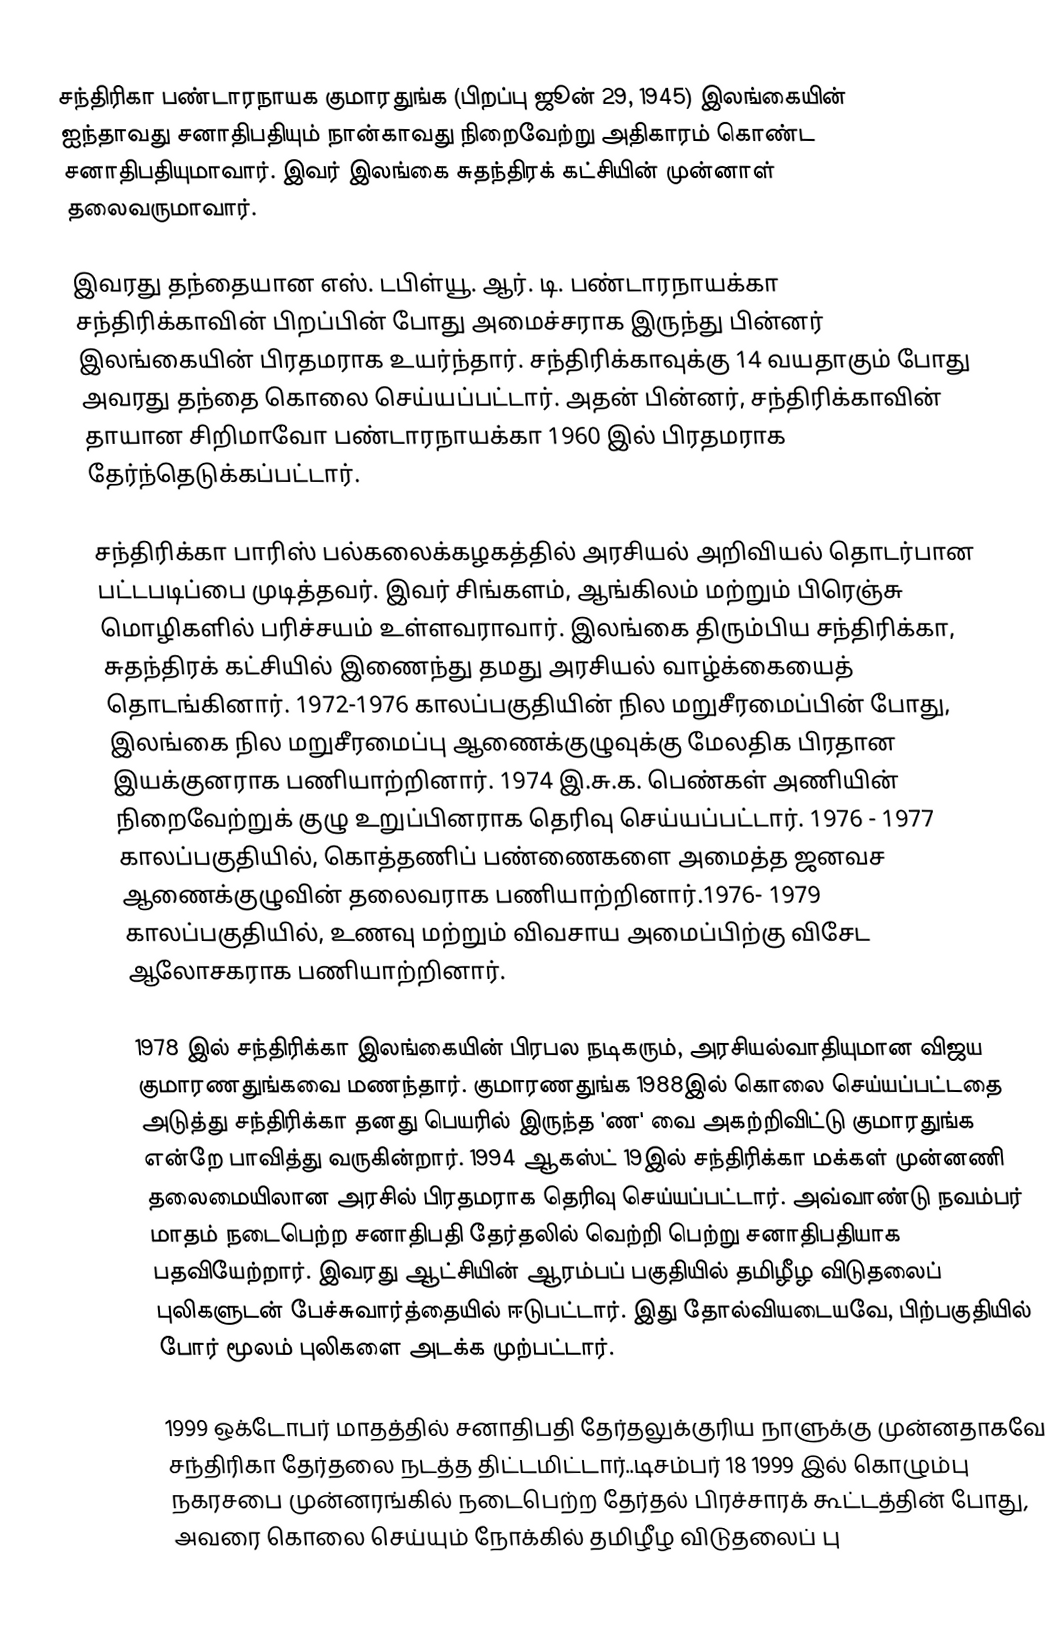
சந்திரிகா பண்டாரநாயக குமாரதுங்க (பிறப்பு ஜூன் 29, 1945) இலங்கையின் ஐந்தாவது சனாதிபதியும் நான்காவது நிறைவேற்று அதிகாரம் கொண்ட சனாதிபதியுமாவார். இவர் இலங்கை சுதந்திரக் கட்சியின் முன்னாள் தலைவருமாவார்.

இவரது தந்தையான எஸ். டபிள்யூ. ஆர். டி. பண்டாரநாயக்கா சந்திரிக்காவின் பிறப்பின் போது அமைச்சராக இருந்து பின்னர் இலங்கையின் பிரதமராக உயர்ந்தார். சந்திரிக்காவுக்கு 14 வயதாகும் போது அவரது தந்தை கொலை செய்யப்பட்டார். அதன் பின்னர், சந்திரிக்காவின் தாயான சிறிமாவோ பண்டாரநாயக்கா 1960 இல் பிரதமராக தேர்ந்தெடுக்கப்பட்டார்.

சந்திரிக்கா பாரிஸ் பல்கலைக்கழகத்தில் அரசியல் அறிவியல் தொடர்பான பட்டபடிப்பை முடித்தவர். இவர் சிங்களம், ஆங்கிலம் மற்றும் பிரெஞ்சு மொழிகளில் பரிச்சயம் உள்ளவராவார். இலங்கை திரும்பிய சந்திரிக்கா, சுதந்திரக் கட்சியில் இணைந்து தமது அரசியல் வாழ்க்கையைத் தொடங்கினார். 1972-1976 காலப்பகுதியின் நில மறுசீரமைப்பின் போது, இலங்கை நில மறுசீரமைப்பு ஆணைக்குழுவுக்கு மேலதிக பிரதான இயக்குனராக பணியாற்றினார். 1974 இ.சு.க. பெண்கள் அணியின் நிறைவேற்றுக் குழு உறுப்பினராக தெரிவு செய்யப்பட்டார். 1976 - 1977 காலப்பகுதியில், கொத்தணிப் பண்ணைகளை அமைத்த ஜனவச ஆணைக்குழுவின் தலைவராக பணியாற்றினார்.1976- 1979 காலப்பகுதியில், உணவு மற்றும் விவசாய அமைப்பிற்கு விசேட ஆலோசகராக பணியாற்றினார்.

1978 இல் சந்திரிக்கா இலங்கையின் பிரபல நடிகரும், அரசியல்வாதியுமான விஜய குமாரணதுங்கவை மணந்தார். குமாரணதுங்க 1988இல் கொலை செய்யப்பட்டதை அடுத்து சந்திரிக்கா தனது பெயரில் இருந்த 'ண' வை அகற்றிவிட்டு குமாரதுங்க என்றே பாவித்து வருகின்றார். 1994 ஆகஸ்ட் 19இல் சந்திரிக்கா மக்கள் முன்னணி தலைமையிலான அரசில் பிரதமராக தெரிவு செய்யப்பட்டார். அவ்வாண்டு நவம்பர் மாதம் நடைபெற்ற சனாதிபதி தேர்தலில் வெற்றி பெற்று சனாதிபதியாக பதவியேற்றார். இவரது ஆட்சியின் ஆரம்பப் பகுதியில் தமிழீழ விடுதலைப் புலிகளுடன் பேச்சுவார்த்தையில் ஈடுபட்டார். இது தோல்வியடையவே, பிற்பகுதியில் போர் மூலம் புலிகளை அடக்க முற்பட்டார்.

1999 ஒக்டோபர் மாதத்தில் சனாதிபதி தேர்தலுக்குரிய நாளுக்கு முன்னதாகவே சந்திரிகா தேர்தலை நடத்த திட்டமிட்டார்..டிசம்பர் 18 1999 இல் கொழும்பு நகரசபை முன்னரங்கில் நடைபெற்ற தேர்தல் பிரச்சாரக் கூட்டத்தின் போது, அவரை கொலை செய்யும் நோக்கில் தமிழீழ விடுதலைப் பு